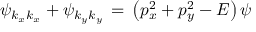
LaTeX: \psi _ { k _ { x } k _ { x } } + \psi _ { k _ { y } k _ { y } } \, = \, \left( p _ { x } ^ { 2 } + p _ { y } ^ { 2 } - E \right) \psi